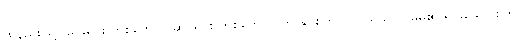
ထိုနည်းဖြင့် မြင်းရိုင်း တစ်ကောင် ဆင်ရိုင်း တစ်ကောင် ကို နှိပ်စက် ပြုပြင်ရသလို မိမိ၏ ရိုင်းသော စိတ်